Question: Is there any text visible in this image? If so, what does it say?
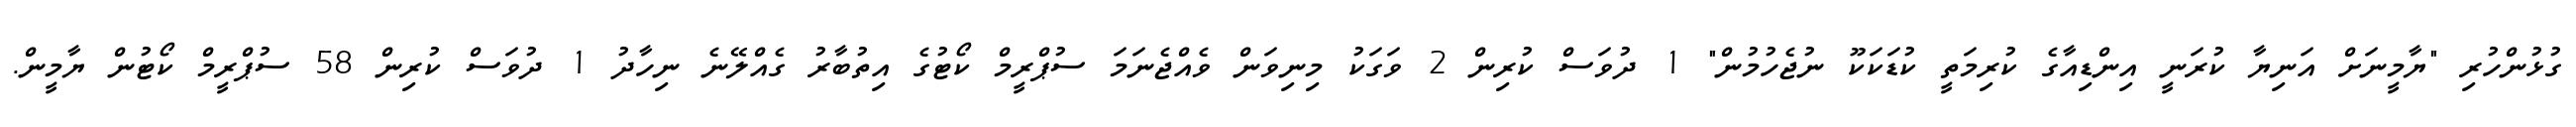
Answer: ގުޅުންހުރި "ޔާމީނަށް އަނިޔާ ކުރަނީ އިންޑިއާގެ ކުރިމަތީ ކުޑަކަކޫ ނުޖެހުމުން" 1 ދުވަސް ކުރިން 2 ވަގަކު މިނިވަން ވެއްޖެނަމަ ސުޕްރީމް ކޯޓުގެ އިތުބާރު ގެއްލޭނެ ނިހާދު 1 ދުވަސް ކުރިން 58 ސުޕްރީމް ކޯޓުން ޔާމީން.